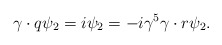
\begin{align*}\gamma \cdot q\psi _{2}=i\psi _{2}=-i\gamma ^{5}\gamma \cdot r\psi _{2}.\end{align*}